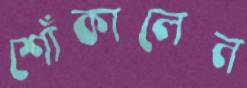
শোঁকালেন